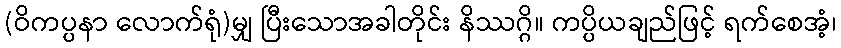
(ဝိကပ္ပနာ လောက်ရုံ)မျှ ပြီးသောအခါတိုင်း နိဿဂ္ဂိ။ ကပ္ပိယချည်ဖြင့် ရက်စေအံ့၊